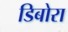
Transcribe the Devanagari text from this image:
डिबोरा